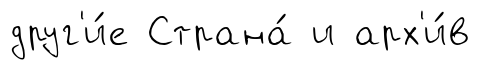
друг'и́е Страна́ и арх'и́в